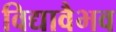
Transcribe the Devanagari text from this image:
विद्यावैभव